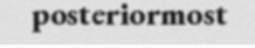
posteriormost